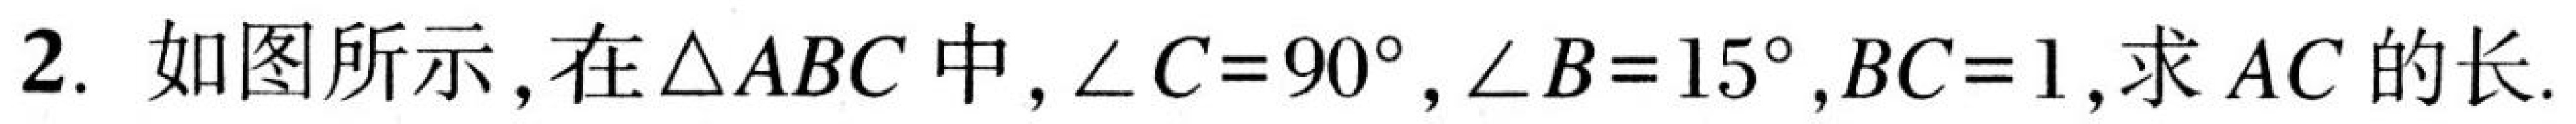
2. 如图所示，在\(\triangle ABC\)中，\(\angle C = 90^{\circ},\angle B = 15^{\circ},BC = 1\)，求\(AC\)的长.